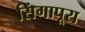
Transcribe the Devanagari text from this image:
सिंगापूरा